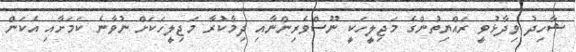
ޝާހިދު ވިދާޅުވީ ރައްޔިތުންގެ މަޖިލީހަކީ ނޫސްވެރިންނާއި ދިމާކުރާ މަޖިލީހަކަށް ނުވާނެ ކަމަށާއި އެކަން